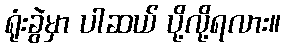
ရုံးခွဲမှာ ပါဆယ် ပို့လို့ရလား။